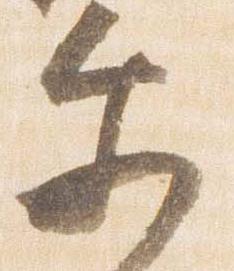
示